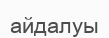
айдалуы